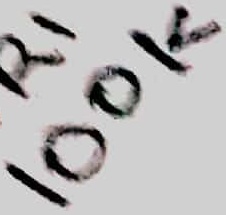
Text: 100K